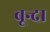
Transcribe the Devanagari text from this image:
बून्दा